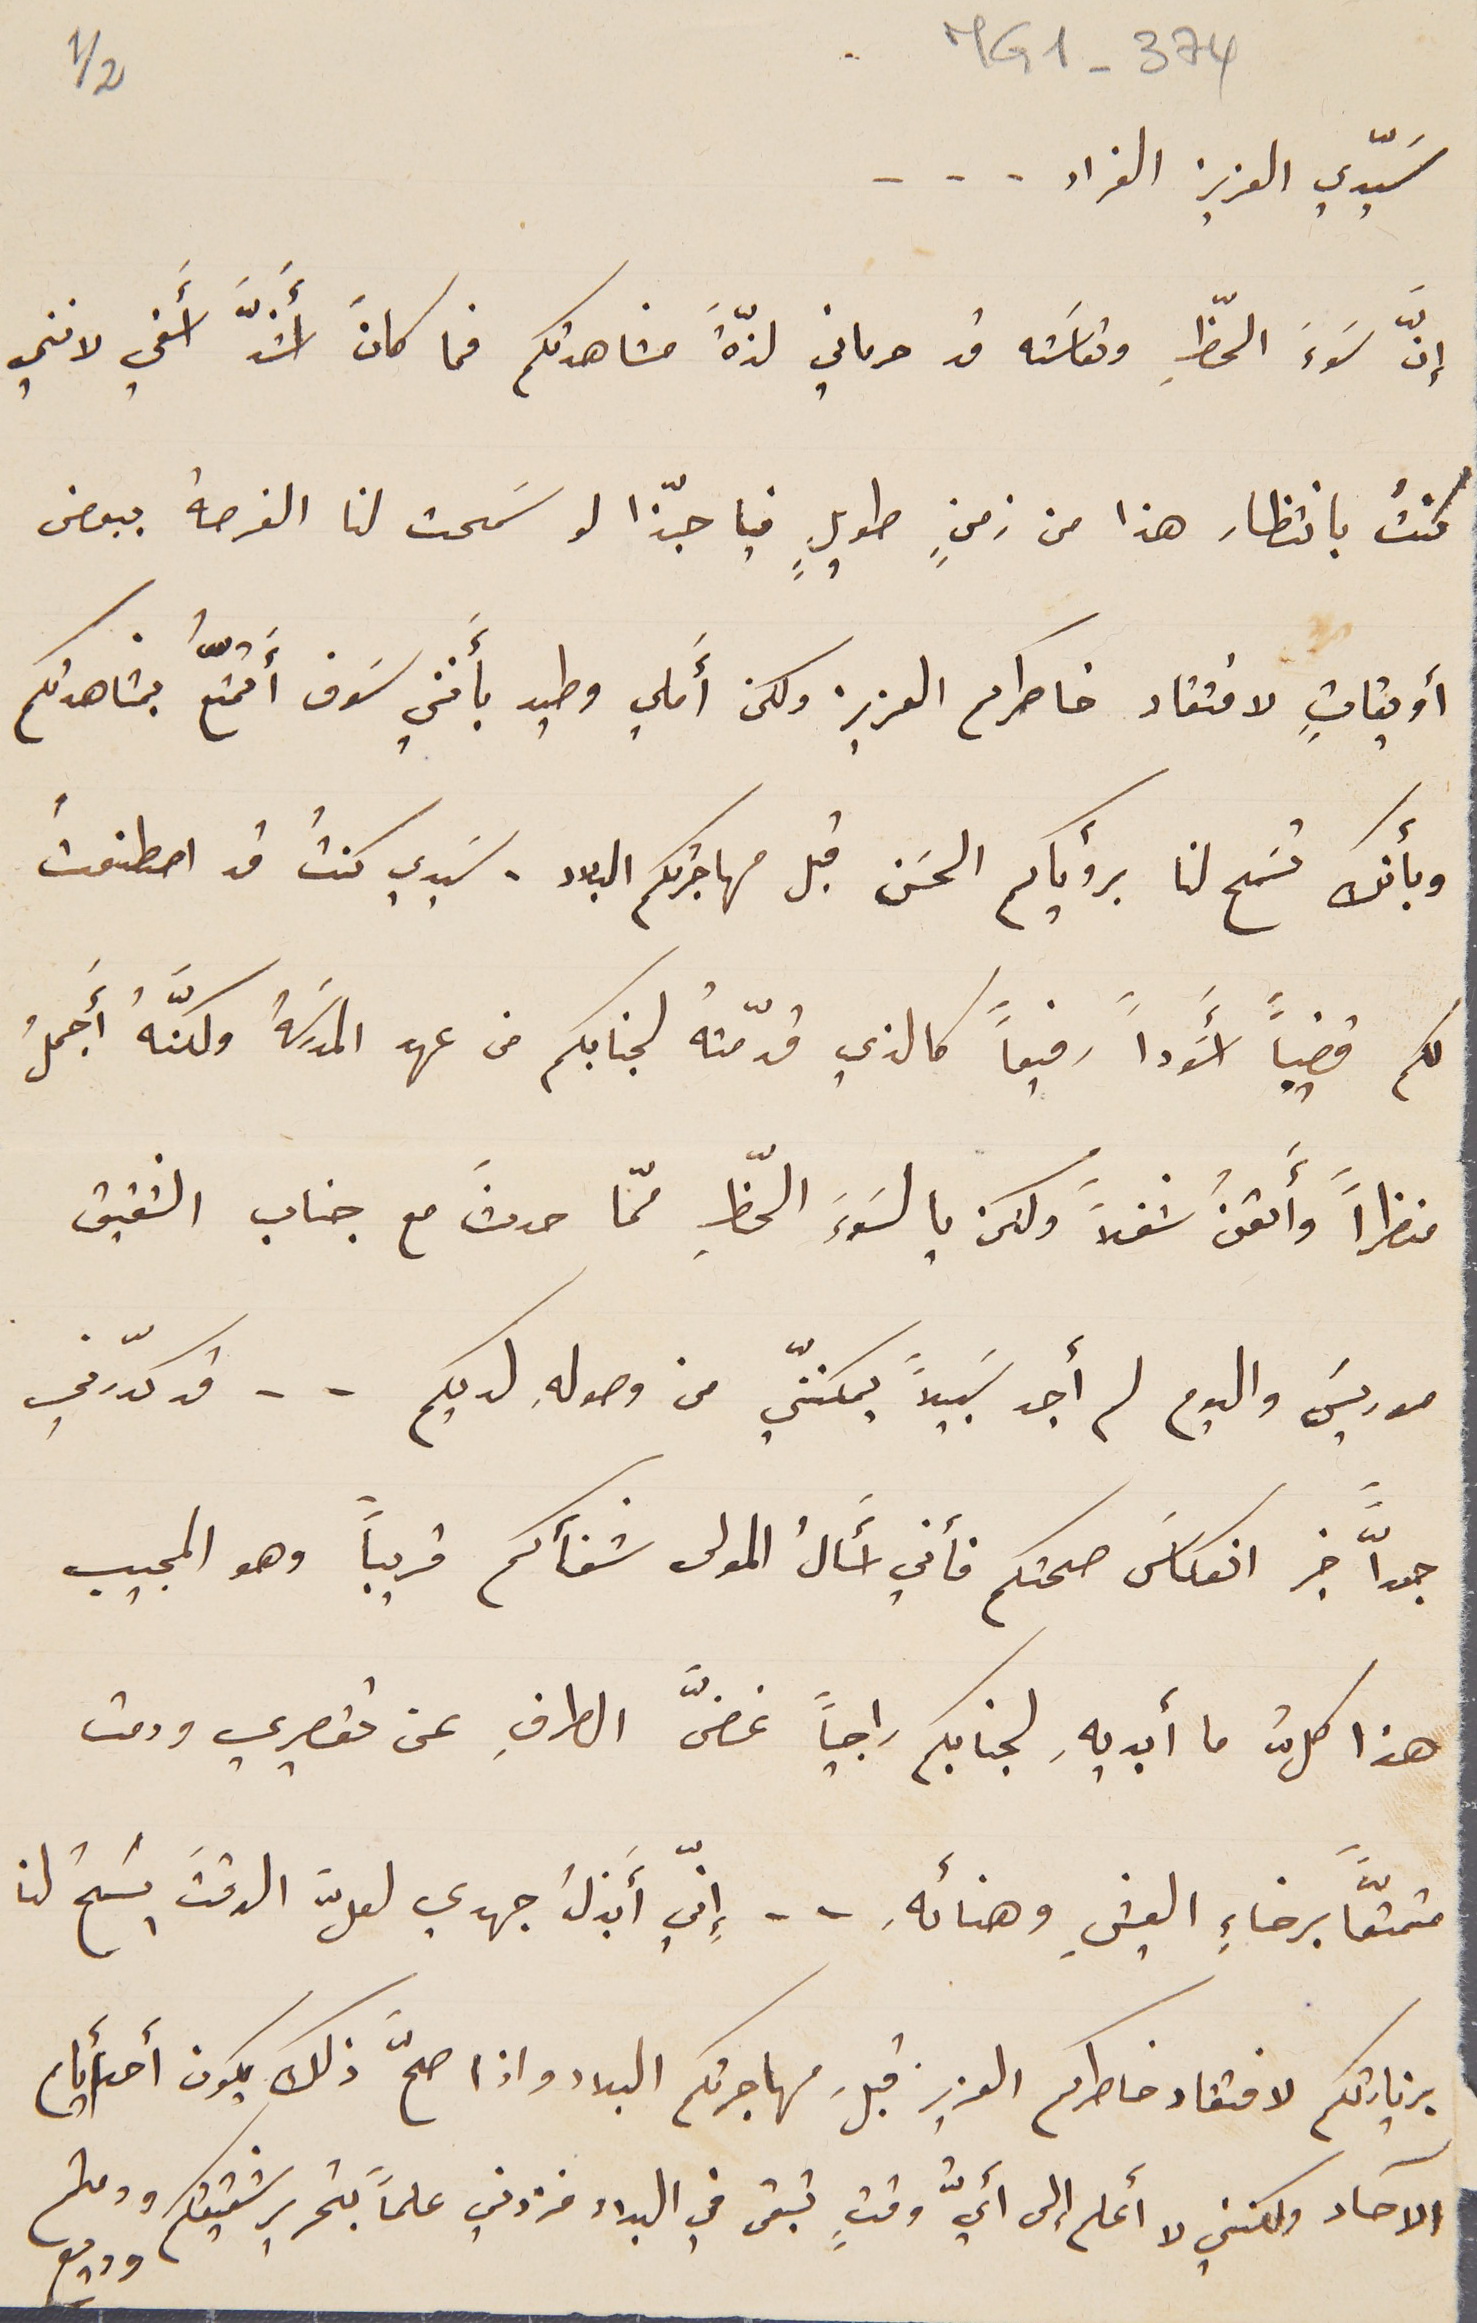
MG1-374
 2/1
سَيّدي العزيز الفراد ...
إنّ سَوءَ الحظِ وتعاسَته قد حرماني لذّة َمشاهدتكم فما كانَ أَشدَّ اسفي لانني
كنتُ بانتظار هذا من زمنٍ طويلٍ فيا حبّذا لو سَمحت لنا الفرصة ببعض
أويقاتٍ لافتقاد خاطركم العزيز ولكن أَملي وطيد بأَنني سَوف أَتمتّعُ بمشاهدتكم
وبأنك تسَمح لنا برؤياكم الحسَن قبل مهاجرتكم البلاد . سَيدي كنتُ قد اصطنعتُ
لكم قضيباً أسوَداً رفيعاً كالذي قدّمتهُ لجنابكم من عهد المدرسَة ولكنَّهُ أَجملُ
منظراً وأَتقنُ شغلاً ولكن يا لسَوء َالحظِّ ممّا حدثَ مع جناب الشقيق
موريسَ واليوم لم أجد سَبيلاً يمكننّي من وصولهِ لديكم . . قد كدّرني
جداًّ خبر انعكاسَ صحتكم فأني أَسالُ المولى شفآكم قريباً وهو المجيب
هذا كلُّ ما أبديهِ لجنابكم راجياً غضَّ الطرفِ عن تقصيري ودمت
متمتّعاً برخاءِ العيشِ وهنائهِ .. إنّي أَبذلُ جهدي لعلَّ الوقتَ يَسنحُ لنا
بزيارتكم لافتقاد خاطركم العزيز قبلَ مهاجرتكم البلاد واذا صحَّ ذلك يكون أحد أيام
الآحاد ولكنني لا أعلم إلى أيُّ وقتٍ تبقى في البلاد فزدني علماً بتحرير شقيقكم ودمتم وديع